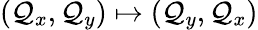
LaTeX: (\mathcal{Q}_{x},\mathcal{Q}_{y})\mapsto(\mathcal{Q}_{y},\mathcal{Q}_{x})